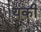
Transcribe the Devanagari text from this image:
यंकी